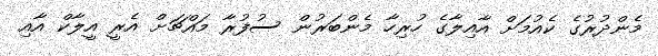
މެންދުރުގެ ކެއުމަށް އާއިލާގެ ހުރިހާ މެންބަރުން ސުފުރާ މައްޗަށް އެރީ އީލާކް އާއި